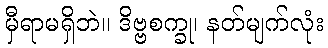
မှီရာမရှိဘဲ။ ဒိဗ္ဗစက္ခု၊ နတ်မျက်လုံး